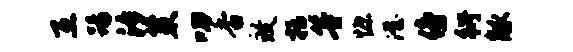
互踢汐策叨香致括等慷澄傍衍觚